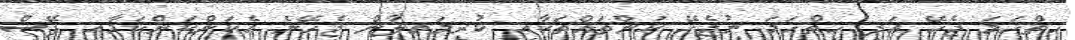
ހިތްހަމަ ޖެހޭ އަދި ހިތްހަމަ ނުޖެހޭ ކަންތައްތަކާއި ކުރިމަތިލާން ޖެހޭނެ އެކަންކަންކަމާއި ފޭސް